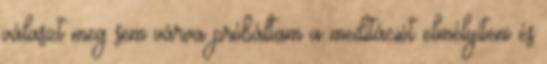
választ meg sem várva próbáltam a meditációt elmélyíteni és